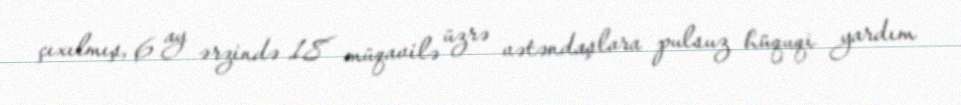
çıxılmış, 6 ay ərzində 18 müqavilə üzrə vətəndaşlara pulsuz hüquqi yardım